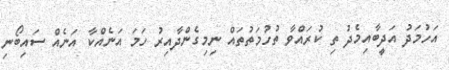
އަހުމަދު އަދީބާއިމެދު ތި ކުރައްވާ ތުހުމަތުތައް ނިމިގެންދާއިރު ހަމަ އަނެއްކާ އަނެއް ސައިބޯނި